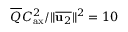
\overline { { Q } } C _ { \mathrm { a x } } ^ { 2 } / \Vert \overline { { \mathbf { u } _ { 2 } } } \Vert ^ { 2 } = 1 0